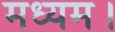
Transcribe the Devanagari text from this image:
मध्यम।